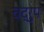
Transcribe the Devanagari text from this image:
चद्रुप